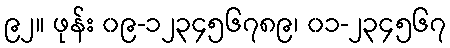
၉၂။ ဖုန်း ၀၉-၁၂၃၄၅၆၇၈၉၊ ၀၁-၂၃၄၅၆၇